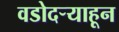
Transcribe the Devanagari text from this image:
वडोदऱ्याहून